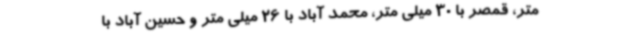
متر، قمصر با 30 میلی متر، محمد آباد با 26 میلی متر و حسین آباد با